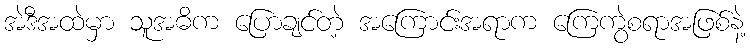
အဲဒီအထဲမှာ သူအဓိက ပြောချင်တဲ့ အကြောင်းအရာက ကြေကွဲစရာအဖြစ်နဲ့